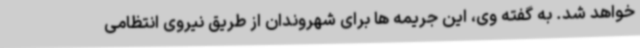
خواهد شد. به گفته وی، این جریمه ها برای شهروندان از طریق نیروی انتظامی